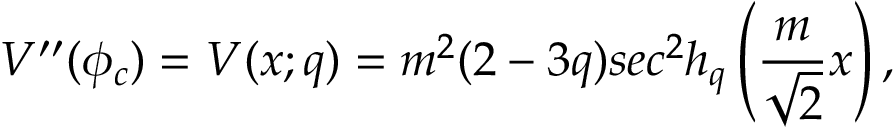
V ^ { \prime \prime } ( \phi _ { c } ) = V ( x ; q ) = m ^ { 2 } ( 2 - 3 q ) s e c ^ { 2 } h _ { q } \left( \frac { m } { \sqrt 2 } x \right) ,